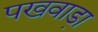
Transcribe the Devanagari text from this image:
पखवाडा़